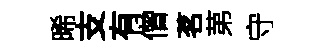
晞支有僧茗苐守